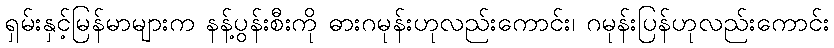
ရှမ်းနှင့်မြန်မာများက နန့်ပွန်းစီးကို ဓားဂမုန်းဟုလည်းကောင်း၊ ဂမုန်းပြန်ဟုလည်းကောင်း